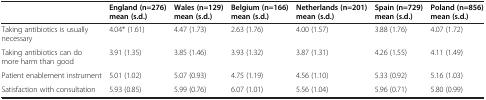
<table><thead><tr><td><b> </b></td><td><b>England (n=276) mean (s.d.)</b></td><td><b>Wales (n=129) mean (s.d.)</b></td><td><b>Belgium (n=166) mean (s.d.)</b></td><td><b>Netherlands (n=201) mean (s.d.)</b></td><td><b>Spain (n=729) mean (s.d.)</b></td><td><b>Poland (n=856) mean (s.d.)</b></td></tr></thead><tbody><tr><td>Taking antibiotics is usually necessary</td><td>4.04* (1.61)</td><td>4.47 (1.73)</td><td>2.63 (1.76)</td><td>4.00 (1.57)</td><td>3.88 (1.76)</td><td>4.07 (1.72)</td></tr><tr><td>Taking antibiotics can do more harm than good</td><td>3.91 (1.35)</td><td>3.85 (1.46)</td><td>3.93 (1.32)</td><td>3.87 (1.31)</td><td>4.26 (1.55)</td><td>4.11 (1.49)</td></tr><tr><td>Patient enablement instrument</td><td>5.01 (1.02)</td><td>5.07 (0.93)</td><td>4.75 (1.19)</td><td>4.56 (1.10)</td><td>5.33 (0.92)</td><td>5.16 (1.03)</td></tr><tr><td>Satisfaction with consultation</td><td>5.93 (0.85)</td><td>5.99 (0.76)</td><td>6.07 (1.01)</td><td>5.56 (1.04)</td><td>5.96 (0.71)</td><td>5.80 (0.99)</td></tr></tbody></table>